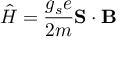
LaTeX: { \hat { H } } = { \frac { g _ { s } e } { 2 m } } \mathbf { S } \cdot \mathbf { B }